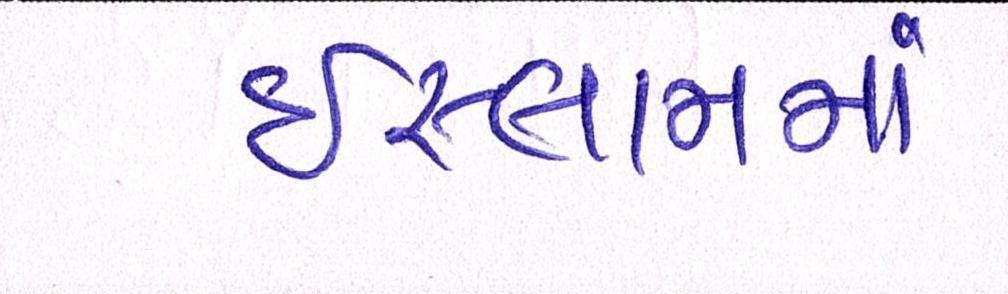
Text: ઇસ્લામમાં